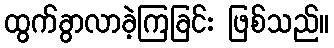
ထွက်ခွာလာခဲ့ကြခြင်း ဖြစ်သည်။